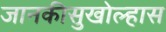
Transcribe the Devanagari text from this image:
जानकीसुखोल्हास